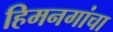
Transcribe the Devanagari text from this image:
हिमनगांचा